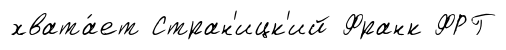
хвата́ет Стран'ицк'ий Франк ФРГ